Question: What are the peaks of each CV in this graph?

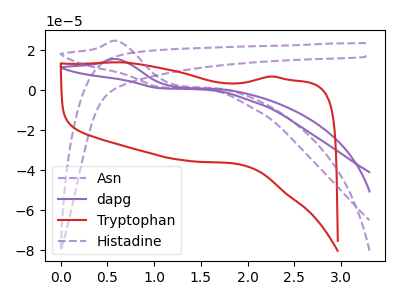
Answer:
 <answer>The purple dashed curve "Asn" has no peaks. The purple curve "dapg" has an anodic peak at: (0.60V, 15.55uA). The red curve "Tryptophan" has no peaks. The purple dashed curve "Histadine" has an anodic peak at: (0.60V, 24.65uA).</answer>
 <eval></eval>